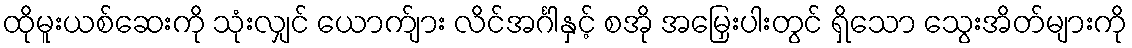
ထိုမူးယစ်ဆေးကို သုံးလျှင် ယောက်ျား လိင်အင်္ဂါနှင့် စအို အမြှေးပါးတွင် ရှိသော သွေးအိတ်များကို